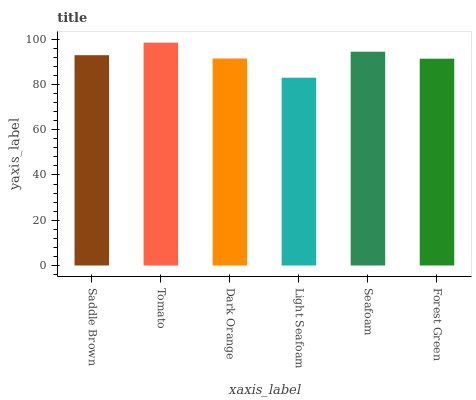
| xaxis_label | bars |
 | --- | --- |
 | Saddle Brown | 93 |
 | Tomato | 98.5 |
 | Dark Orange | 91.5 |
 | Light Seafoam | 83 |
 | Seafoam | 94.5 |
 | Forest Green | 91.4 |